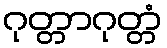
ဂုတ္တာဂုတ္တံ